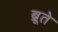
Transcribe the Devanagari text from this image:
ब्रूते